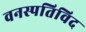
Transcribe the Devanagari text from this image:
वनस्पतिविद